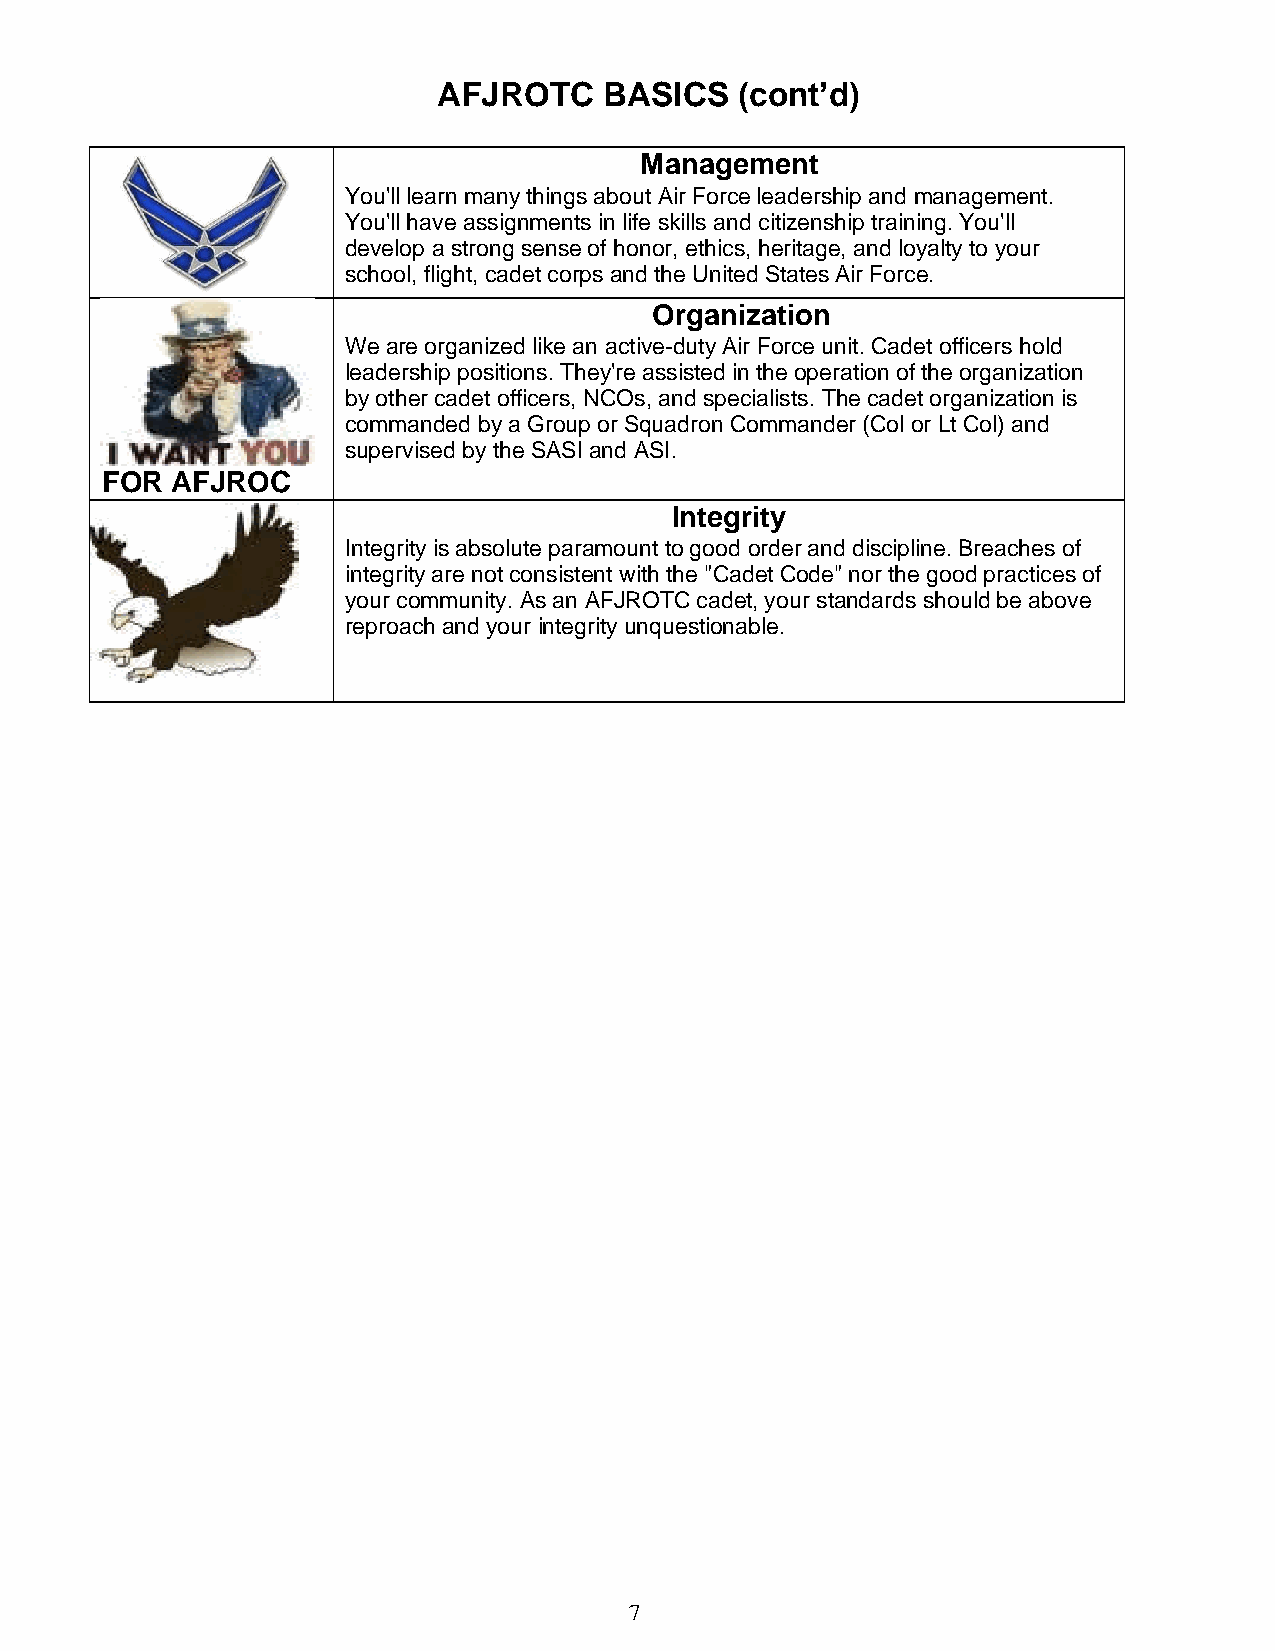
AFJROTC    BASICS   (cont’d)
 Management
 You'll learn many things about Air Force leadership and management.
 You'll have assignments in life skills and citizenship training. You'll
 develop a strong sense of honor, ethics, heritage, and loyalty to your
 school, flight, cadet corps and the United States Air Force.
 Organization
 We are organized like an active-duty Air Force unit. Cadet officers hold
 leadership positions. They're assisted in the operation of the organization
 by other cadet officers, NCOs, and specialists. The cadet organization is
 commanded by a Group or Squadron Commander (Col or Lt Col) and
 supervised by the SASI and ASI.
 FOR AFJROC
 Integrity
 Integrity is absolute paramount to good order and discipline. Breaches of
 integrity are not consistent with the "Cadet Code" nor the good practices of
 your community. As an AFJROTC cadet, your standards should be above
 reproach and your integrity unquestionable.
 7